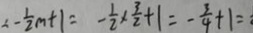
= - \frac { 1 } { 2 } m + 1 = - \frac { 1 } { 2 } \times \frac { 3 } { 2 } + 1 = - \frac { 3 } { 4 } + 1 =